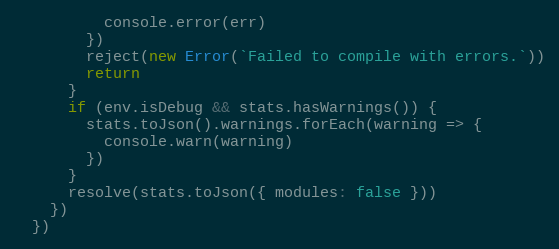
Language: JavaScript
          console.error(err)
        })
        reject(new Error(`Failed to compile with errors.`))
        return
      }
      if (env.isDebug && stats.hasWarnings()) {
        stats.toJson().warnings.forEach(warning => {
          console.warn(warning)
        })
      }
      resolve(stats.toJson({ modules: false }))
    })
  })